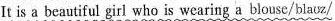
It is a beautiful girl who is wearing a blouse/blaʊz/